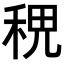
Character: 𥞷